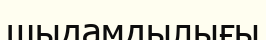
шыдамдылығы